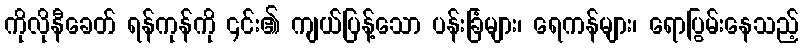
ကိုလိုနီခေတ် ရန်ကုန်ကို ၎င်း၏ ကျယ်ပြန့်သော ပန်းခြံများ၊ ရေကန်များ၊ ရောပြွမ်းနေသည့်